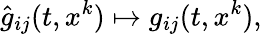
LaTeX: {\hat{g}}_{ij}(t,x^{k})\mapsto g_{ij}(t,x^{k}),